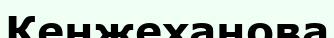
Кенжеханова